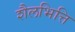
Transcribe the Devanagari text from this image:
शैलभित्ति